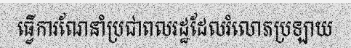
ធ្វើការណែនាំប្រជាពលរដ្ឋដែលរំលោភប្រឡាយ